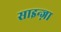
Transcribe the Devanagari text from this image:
साइन्ज़ा